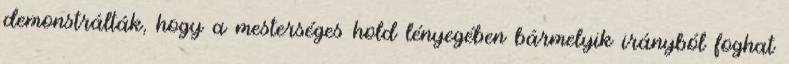
demonstrálták, hogy a mesterséges hold lényegében bármelyik irányból foghat